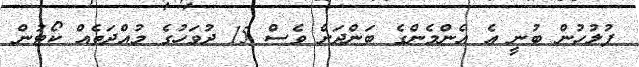
ފުލުހުން ބުނީ އެ އެންމެންގެ ބަންދަށް ވެސް 15 ދުވަހުގެ މުއްދަތެއް ކޯޓުން